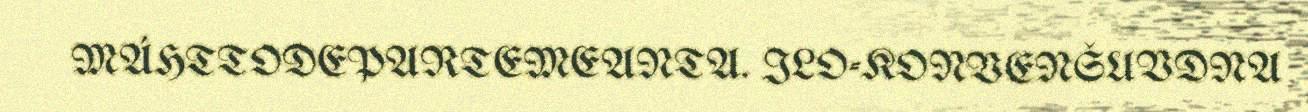
MÁHTTODEPARTEMEANTA. ILO-KONVENŠUVDNA